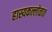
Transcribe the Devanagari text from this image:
हास्यकल्लोळात